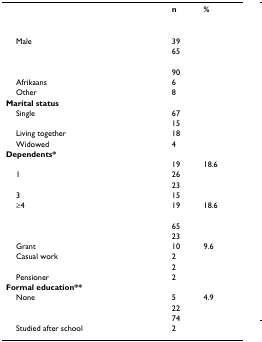
<table><thead><tr><td>[EMPTY_CELL]</td><td><b>n</b></td><td><b>%</b></td></tr></thead><tbody><tr><td>[EMPTY_CELL]</td><td colspan="2">[EMPTY_CELL]</td></tr><tr><td> Male</td><td>39</td><td>[EMPTY_CELL]</td></tr><tr><td>[EMPTY_CELL]</td><td>65</td><td>[EMPTY_CELL]</td></tr><tr><td>[EMPTY_CELL]</td><td>[EMPTY_CELL]</td><td>[EMPTY_CELL]</td></tr><tr><td>[EMPTY_CELL]</td><td>90</td><td>[EMPTY_CELL]</td></tr><tr><td> Afrikaans</td><td>6</td><td>[EMPTY_CELL]</td></tr><tr><td> Other</td><td>8</td><td>[EMPTY_CELL]</td></tr><tr><td><b>Marital status</b></td><td>[EMPTY_CELL]</td><td>[EMPTY_CELL]</td></tr><tr><td> Single</td><td>67</td><td>[EMPTY_CELL]</td></tr><tr><td>[EMPTY_CELL]</td><td>15</td><td>[EMPTY_CELL]</td></tr><tr><td> Living together</td><td>18</td><td>[EMPTY_CELL]</td></tr><tr><td> Widowed</td><td>4</td><td>[EMPTY_CELL]</td></tr><tr><td><b>Dependents*</b></td><td>[EMPTY_CELL]</td><td>[EMPTY_CELL]</td></tr><tr><td>[EMPTY_CELL]</td><td>19</td><td>18.6</td></tr><tr><td> 1</td><td>26</td><td>[EMPTY_CELL]</td></tr><tr><td>[EMPTY_CELL]</td><td>23</td><td>[EMPTY_CELL]</td></tr><tr><td> 3</td><td>15</td><td>[EMPTY_CELL]</td></tr><tr><td> ≥4</td><td>19</td><td>18.6</td></tr><tr><td>[EMPTY_CELL]</td><td>[EMPTY_CELL]</td><td>[EMPTY_CELL]</td></tr><tr><td>[EMPTY_CELL]</td><td>65</td><td>[EMPTY_CELL]</td></tr><tr><td>[EMPTY_CELL]</td><td>23</td><td>[EMPTY_CELL]</td></tr><tr><td> Grant</td><td>10</td><td>9.6</td></tr><tr><td> Casual work</td><td>2</td><td>[EMPTY_CELL]</td></tr><tr><td>[EMPTY_CELL]</td><td>2</td><td>[EMPTY_CELL]</td></tr><tr><td> Pensioner</td><td>2</td><td>[EMPTY_CELL]</td></tr><tr><td><b>Formal education**</b></td><td>[EMPTY_CELL]</td><td>[EMPTY_CELL]</td></tr><tr><td> None</td><td>5</td><td>4.9</td></tr><tr><td>[EMPTY_CELL]</td><td>22</td><td>[EMPTY_CELL]</td></tr><tr><td>[EMPTY_CELL]</td><td>74</td><td>[EMPTY_CELL]</td></tr><tr><td> Studied after school</td><td>2</td><td>[EMPTY_CELL]</td></tr></tbody></table>